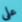
على